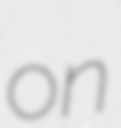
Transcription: on